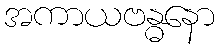
အကာယဗန္ဓနော